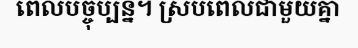
ពេលបច្ចុប្បន្ន។ ស្របពេលជាមួយគ្នា